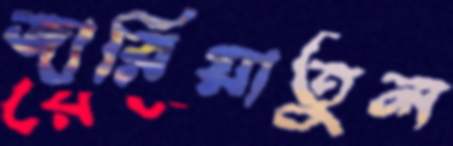
জারিয়াতুল